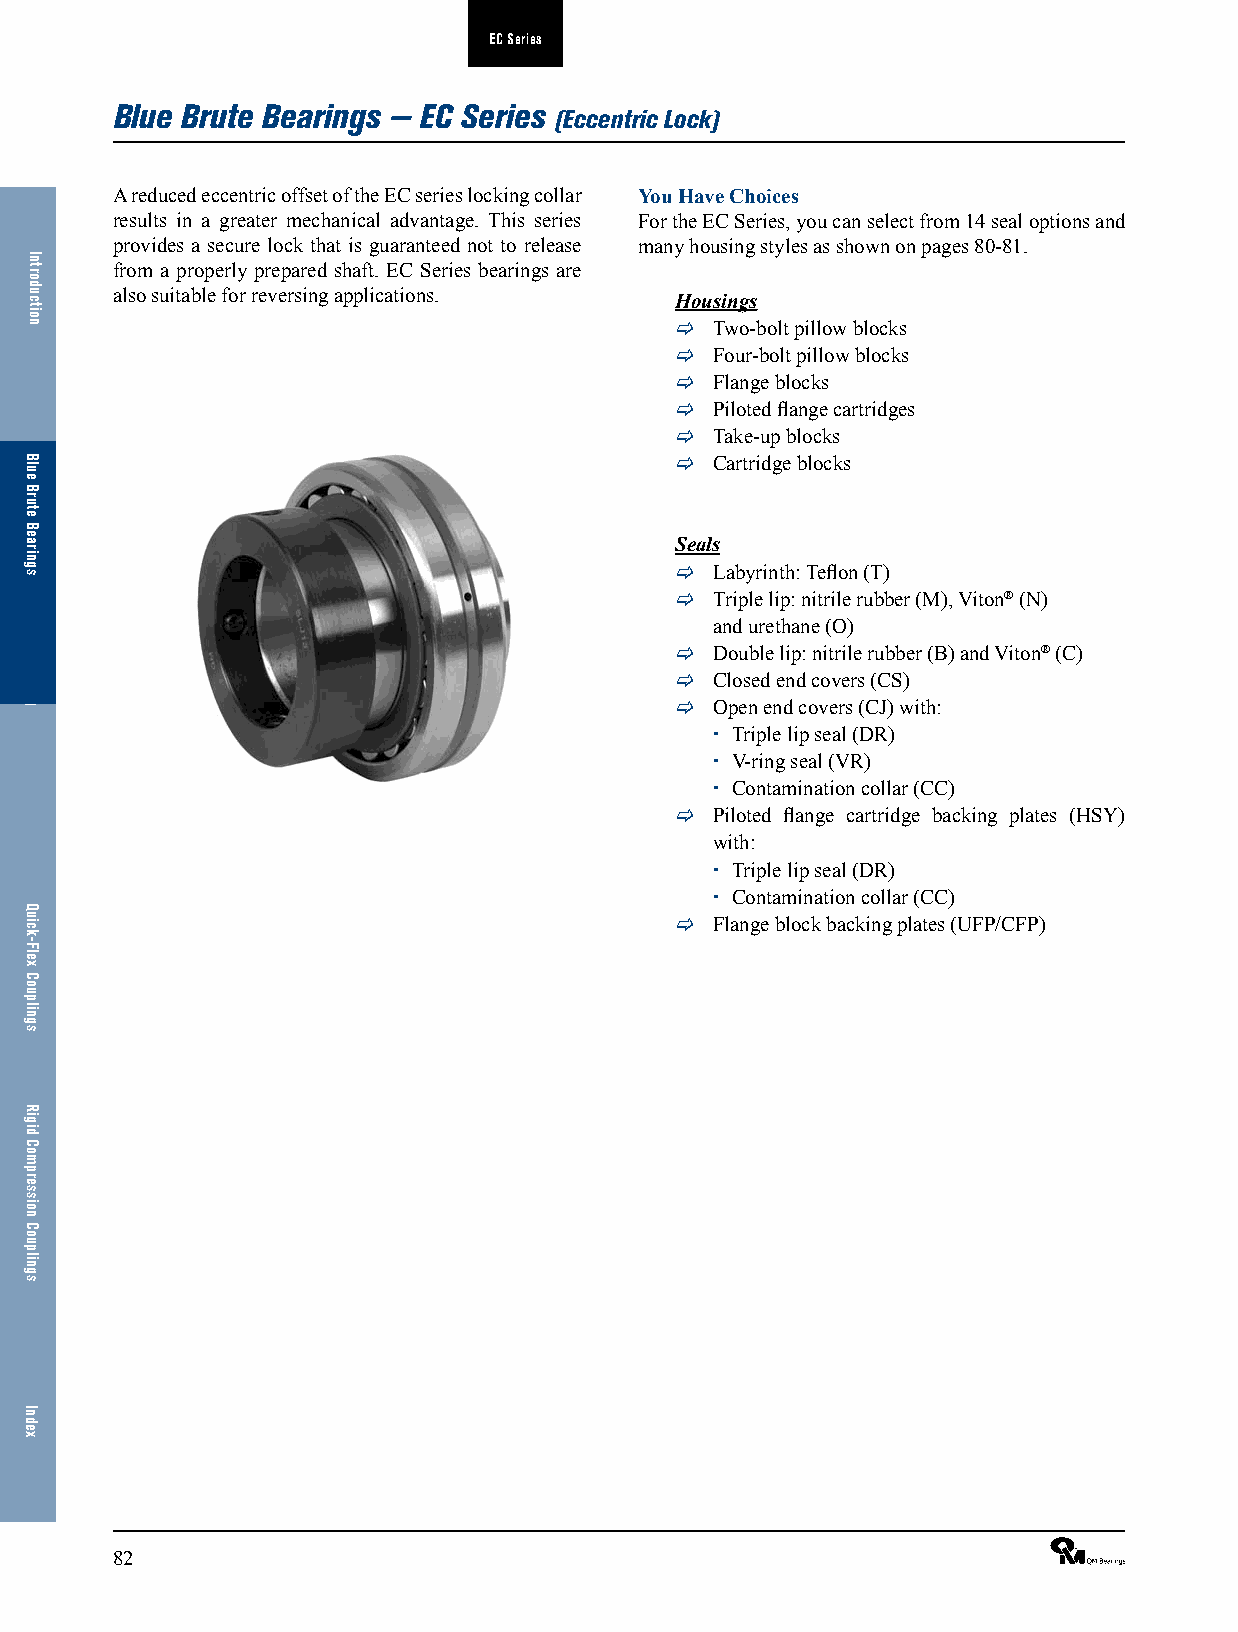
EC Series
 Blue Brute Bearings — EC Series
 (Eccentric Lock)
 A reduced eccentric offset of the EC series locking collar You Have Choices
 results in a greater mechanical advantage. This series For the EC Series, you can select from 14 seal options and
 provides a secure lock that is guaranteed not to release many housing styles as shown on pages 80-81.
 from a properly prepared shaft. EC Series bearings are
 also suitable for reversing applications. Housings
  Two-bolt pillow blocks
  Four-bolt pillow blocks
  Flange blocks
  Piloted flange cartridges
  Take-up blocks
  Cartridge blocks
 Seals
  Labyrinth: Teflon (T)
  Triple lip: nitrile rubber (M), Viton® (N)
 and urethane (O)
  Double lip: nitrile rubber (B) and Viton® (C)
  Closed end covers (CS)
  Open end covers (CJ) with:
  Triple lip seal (DR)
  V-ring seal (VR)
  Contamination collar (CC)
  Piloted flange cartridge backing plates (HSY)
 with:
  Triple lip seal (DR)
  Contamination collar (CC)
  Flange block backing plates (UFP/CFP)
 82                                                              ®
 Introduction
 Blue
 Brute
 Bearings
 Bearing
 Interchange
 Guide
 Quick-Flex
 Couplings
 Rigid
 Compression
 Couplings
 Index